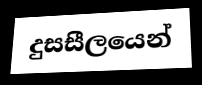
දුසසීලයෙන්